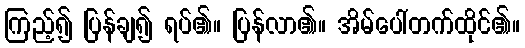
ကြည့်၍ ပြန်ချ၍ ရပ်၏။ ပြန်လာ၏။ အိမ်ပေါ်တက်ထိုင်၏။